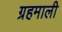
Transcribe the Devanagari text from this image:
ग्रहमाली